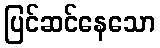
ပြင်ဆင်နေသော